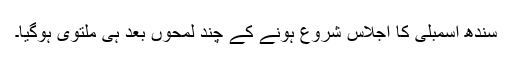
سندھ اسمبلی کا اجلاس شروع ہونے کے چند لمحوں بعد ہی ملتوی ہوگیا۔